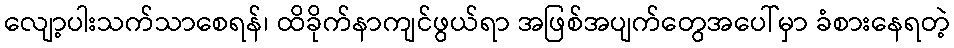
လျော့ပါးသက်သာစေရန်၊ ထိခိုက်နာကျင်ဖွယ်ရာ အဖြစ်အပျက်တွေအပေါ်မှာ ခံစားနေရတဲ့